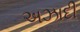
અઝાદી